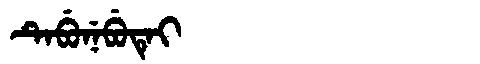
Manchu: ᡨᡝᠪᡠᠨᡝᠪᡠᡨᡝᡳ
Romanization: TEBUNEBUTEI